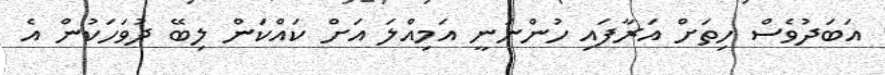
އަބަދުވެސް ހިތަށް އަރާފައި ހުންނަނީ އަމިއްލަ އަށް ކައްކަން ލިބޭ ދުވަހަކުން އެ